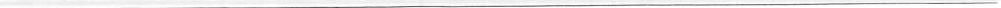
___